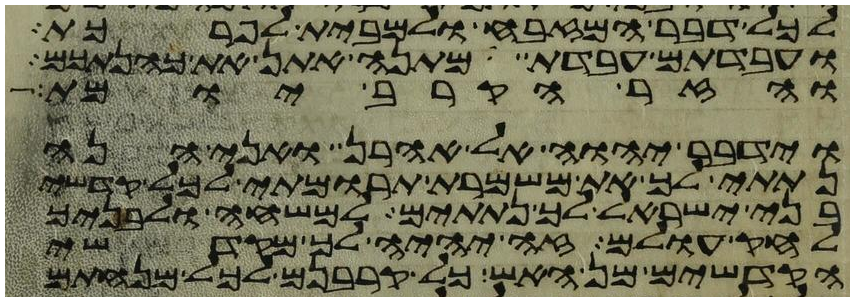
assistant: לכל דבר המזבח ולמבית לפרכת
ועבדתם עבדת מתנה אתן את כהנתכם
והזר הקרב יומת
וידבר יהוה אל אהרן ואני הנה
נתתי לך את משמרת תרומתי לכל קדשי
בני ישראל לך נתתים למשחה ולבניך
לחק עולם זה יהיה לך מקדשי
הקדשים מן האש כל קרבנם לכל מנחתם